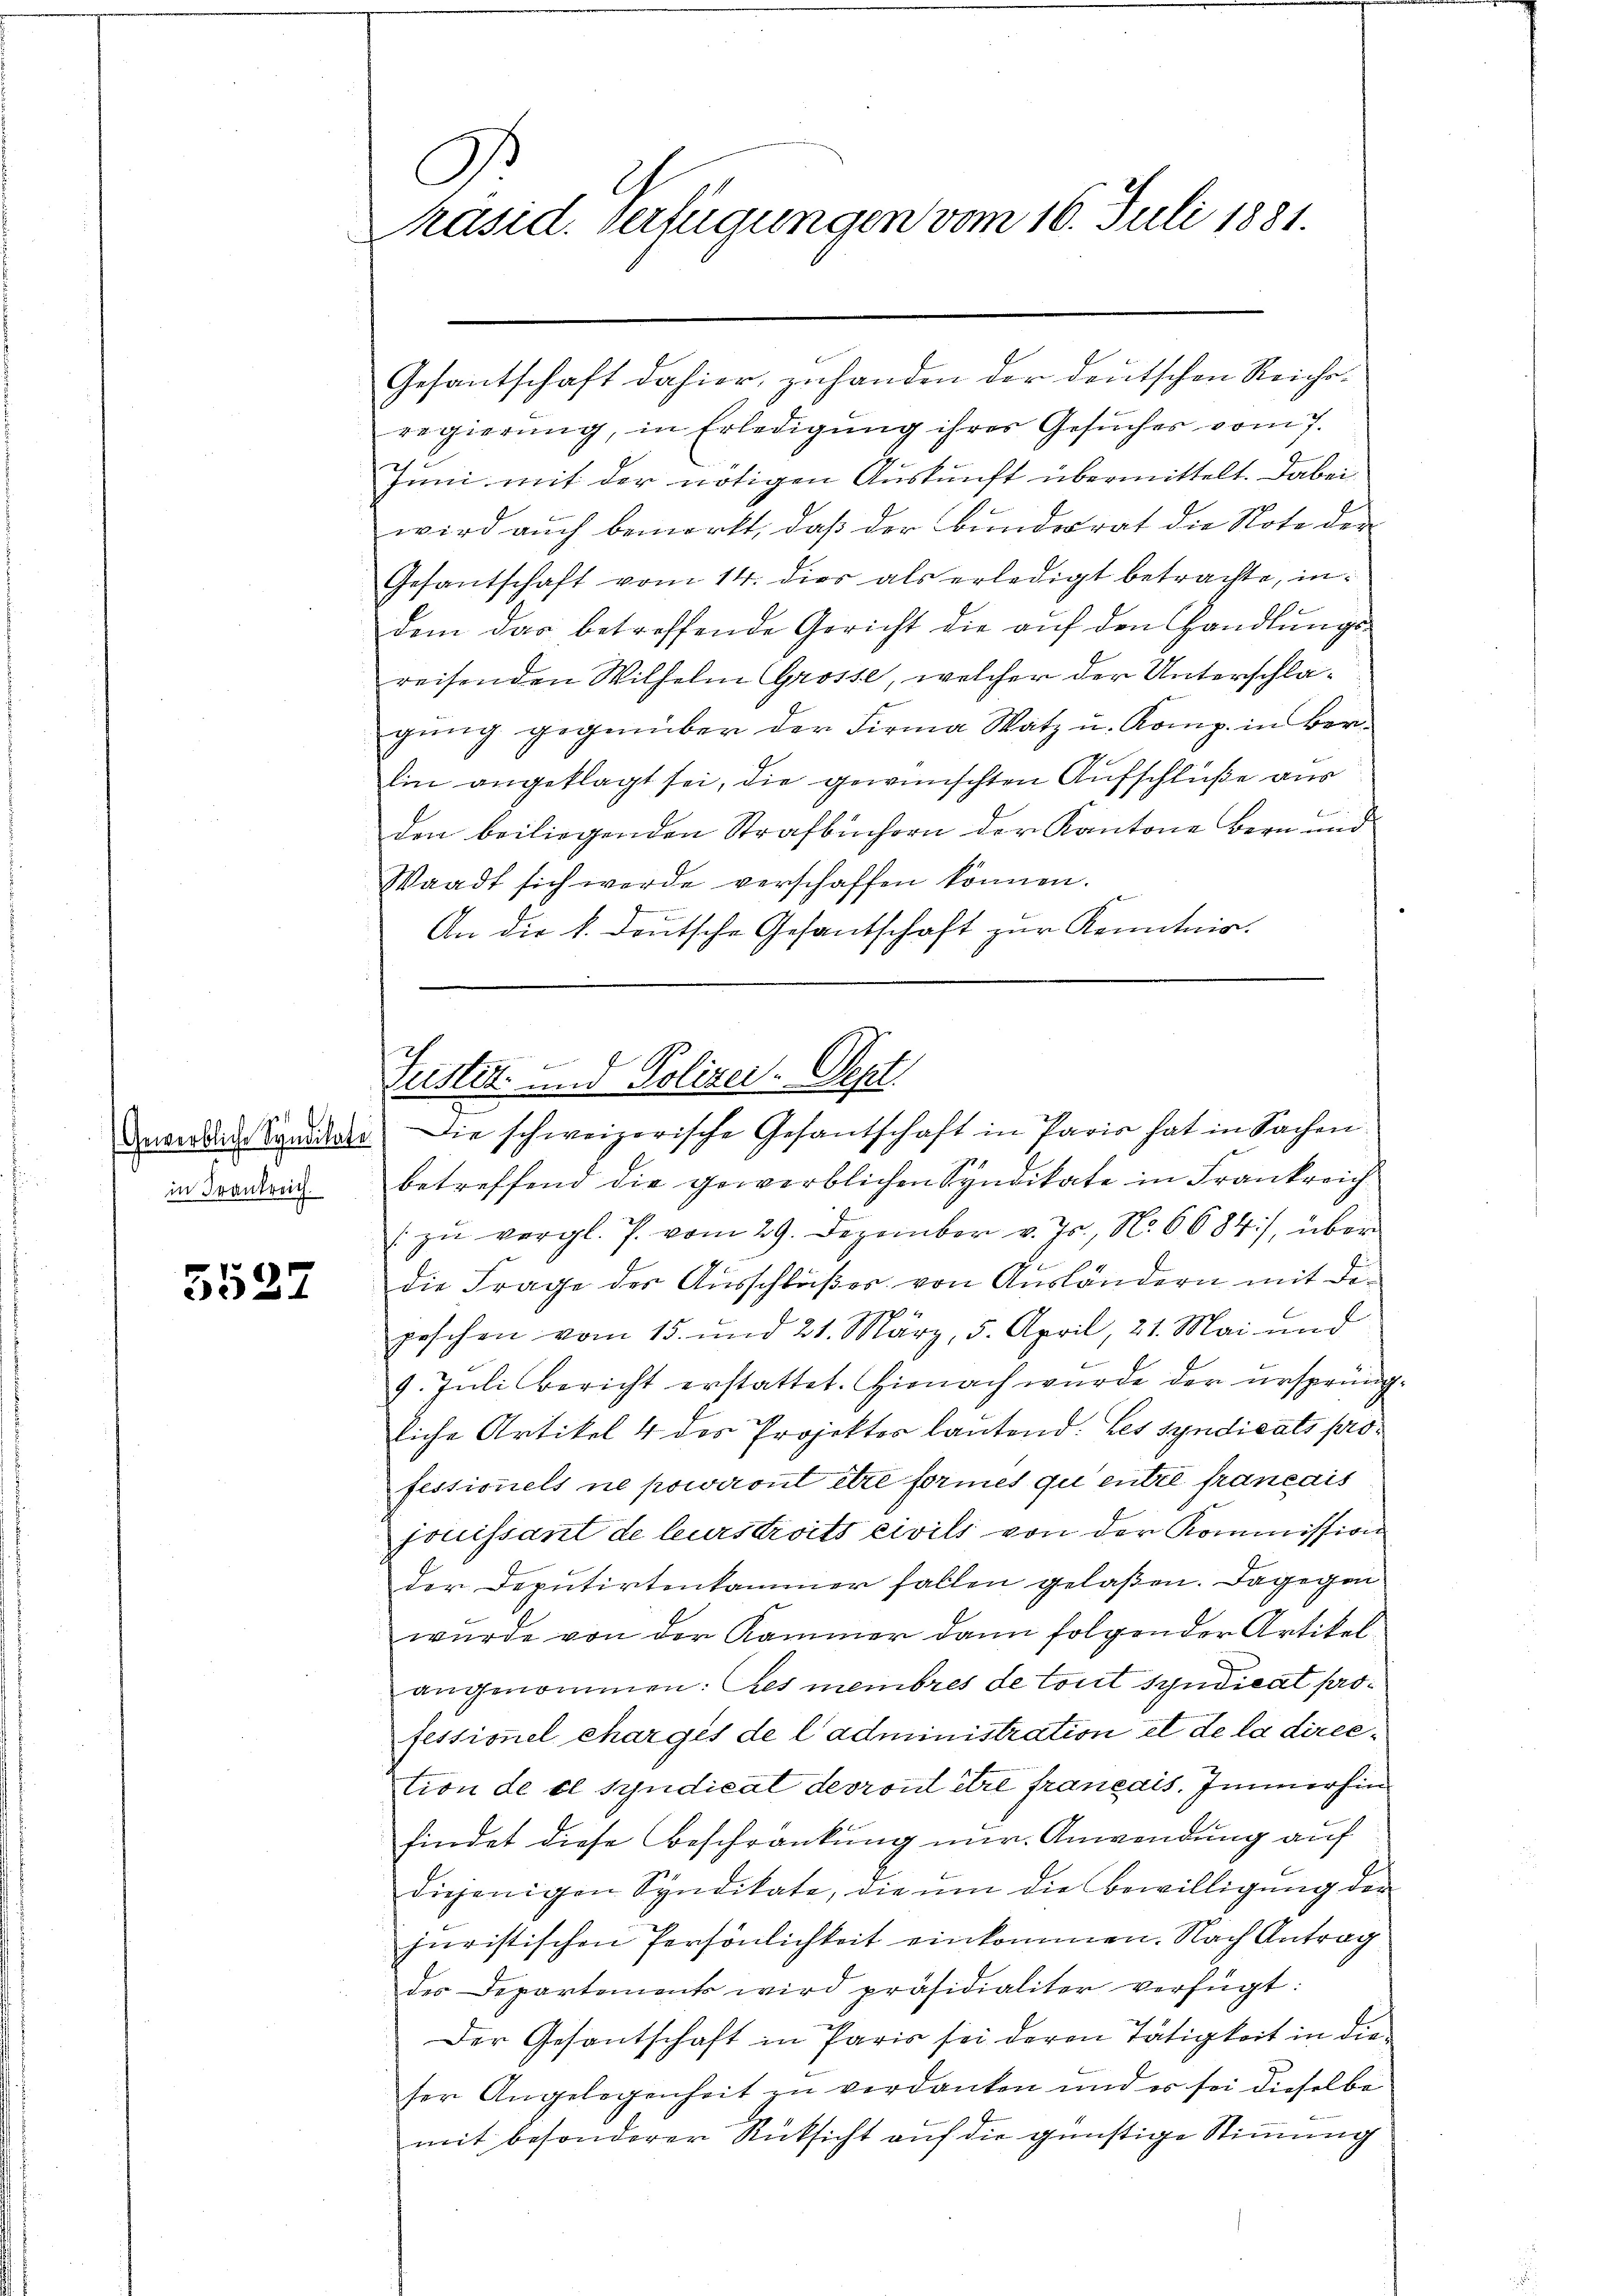
.
Gewerbliche Syndikate
in Frankreich

5527

D.
Präsid. Verfügungen vom 16. Juli 1881.

Gesantschaft dahier, zuhanden der deutschen Reicheregierung, in Erledigung ihrer Gesuches vom 7.
Juni mit der nötigen Auskunft übermittelt. Dabei
wird auch bemerkt, daß der Bundesrat die Note der
Gesantschaft vom 14. dies als erledigt betrachte, indem das betreffende Gericht die aŭf den Handlŭngs-
reisenden Wilhelm Grosse, welcher der Unterschlagung gegenüber der Firma Watz u. Komp. in Berlin angeklagt sei, die gewünschten Aufschlüße aus
den beiliegenden Strafbüchern der Kantone Bern und
Waadt sich werde verschaffen können.
An die k. deutsche Gesantschaft zur Kenntnis.
d

Geister und Polizei. Sept

Die schweizerische Gesantschaft in Paris hat in Sachen
betreffend die gewerblichen Syndikate in Frankreich
/ zu vergl. P. vom 29. Dezember v. Js., N. 6684), über
die Frage des Ausschlußes von Ausländern mit depeschen vom 15. und 21. März, 5. April, 21. Mai und
9. Juli bericht erstattet. Hienach wurde der ursprüng-
liche Artikel 4 des Projektor lautend: Les syndicats professionels ne pouiront être formes qui entre français
jouissant de leursdroits civils von der Kommission
der Deputirtenkammer fallen gelaßen. Dagegen
wurde von der Kammer dann folgender Artikel
angenommen: es membres de tout syndicat professionel chargés de l’administration et de la direction de cl Syndical devront être français. Immerhin
findet diese Beschränkung mir. Anwendung auf
i
diejenigen Syndikate, die um die Bewilligung der
juristischen Persönlichkeit einkommen. Nach Antrag
des Departements wird präsidialiter verfügt:
Der Gesantschaft in Paris sei deren Tätigkeit in dieser Angelegenheit zu verdanken und er sei dieselbe
mit besonderer Rücksicht auf die günstige Stimmung